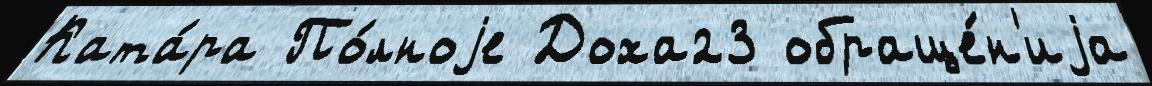
Ката́ра По́лноjе Доха23 обраще́н'иjа